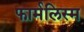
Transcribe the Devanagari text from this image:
फार्मलिस्म